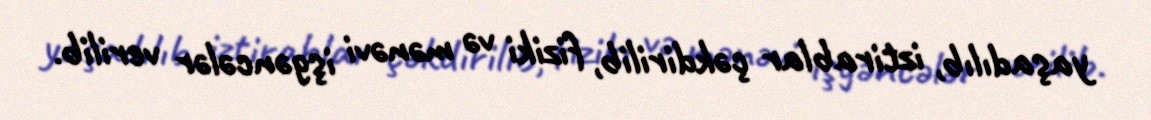
yaşadılıb, iztirablar çəkdirilib, fiziki və mənəvi işgəncələr verilib.